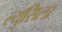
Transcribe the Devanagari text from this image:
ल्युसिला